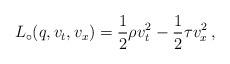
LaTeX: \begin{align*} L_\circ(q,v_t,v_x) = \frac{1}{2}\rho v_t^2 - \frac{1}{2}\tau v_x^2\,, \end{align*}